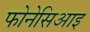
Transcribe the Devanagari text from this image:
फोनेसिआइ